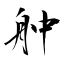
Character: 舯